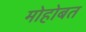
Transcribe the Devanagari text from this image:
मोहोबत